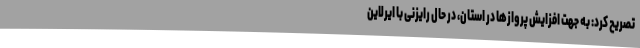
تصریح کرد: به جهت افزایش پروازها در استان، در حال رایزنی با ایرلاین